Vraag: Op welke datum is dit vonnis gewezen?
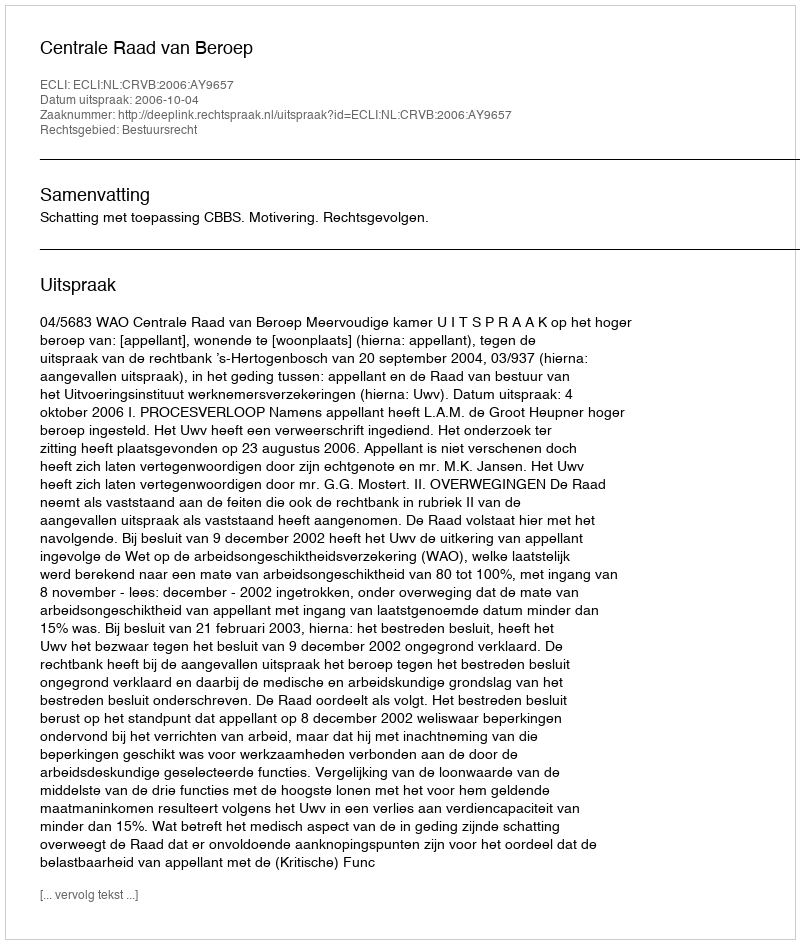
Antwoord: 2006-10-04